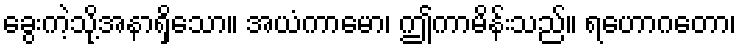
ခွေးကဲ့သို့အနာရှိသော။ အယံကာမော၊ ဤကာမိန်းသည်။ ရဟောဂတော၊